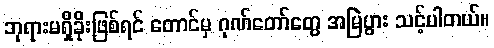
ဘုရားမရှိခိုးဖြစ်ရင် တောင်မှ ဂုဏ်တော်တွေ အမြဲပွား သင့်ပါတယ်။